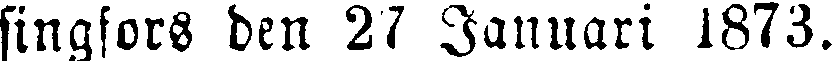
singfors den 27 Januari 1873.